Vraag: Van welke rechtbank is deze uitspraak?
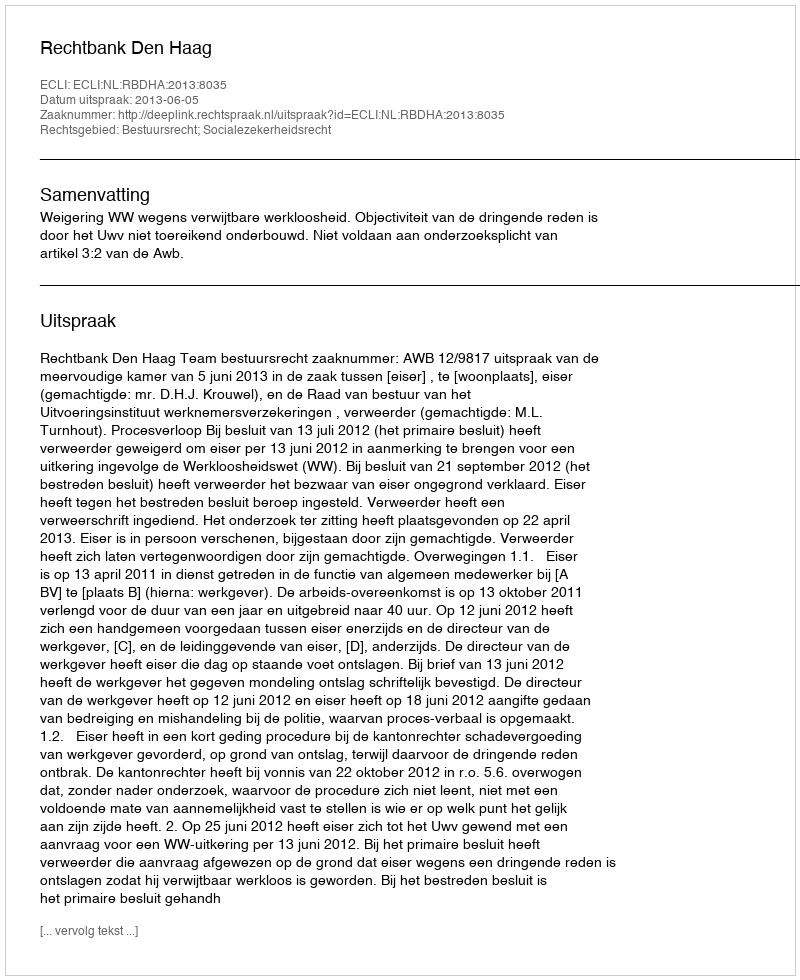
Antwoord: Rechtbank Den Haag